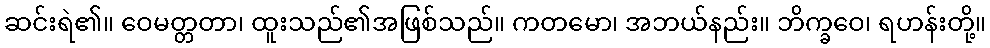
ဆင်းရဲ၏။ ဝေမတ္တတာ၊ ထူးသည်၏အဖြစ်သည်။ ကတမော၊ အဘယ်နည်း။ ဘိက္ခဝေ၊ ရဟန်းတို့။